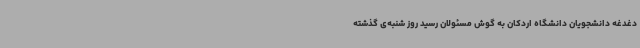
دغدغه دانشجویان دانشگاه اردکان به گوش مسئولان رسید روز شنبه‌ی گذشته